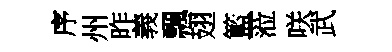
序州昨義飄翅籃蒞咲武